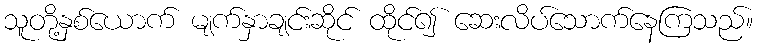
သူတို့နှစ်ယောက် မျက်နှာချင်းဆိုင် ထိုင်၍ ဆေးလိပ်သောက်နေကြသည်။